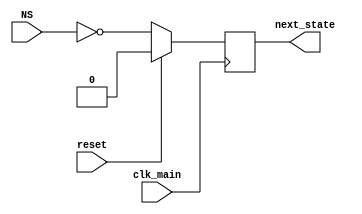
`timescale 1ns / 1ps

module control_state(
	input clk_main,
	input reset,
	input NS,
	output reg next_state
	);
	 
always @(posedge clk_main) begin
	if (reset)
		next_state <= 1'b0;
	else
		next_state <= ~NS;
end
endmodule